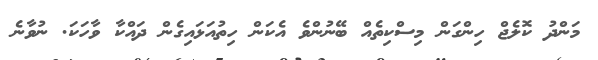
މަންދު ކޮލެޖް ހިންގަން މިސްކިތެއް ބޭނުންވެ އެކަން ހިތުއަޅައިގެން ދައްކާ ވާހަކަ. ނުވާނެ